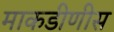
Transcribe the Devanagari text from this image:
माकडीणीस